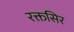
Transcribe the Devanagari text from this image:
रक्तसिर